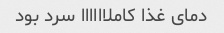
دمای غذا کاملاااااا سرد بود